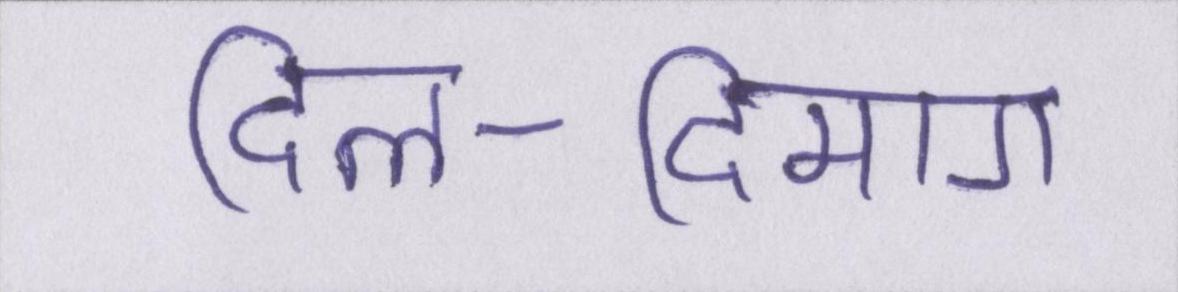
दिल-दिमाग